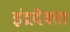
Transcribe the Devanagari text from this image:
इंद्रदेवता